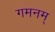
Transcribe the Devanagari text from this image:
गमनम्